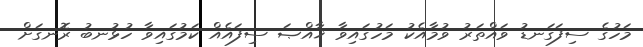
މަހުގެ ސިފަގަނޑު ވައްތަރު ވުމާއެކު މަހުގައިވާ ޚާއްޞަ ސިފައެއް ކަމުގައިވާ ހުޅުނބު ރޮނގަށް